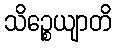
သိဉ္စေယျာတိ